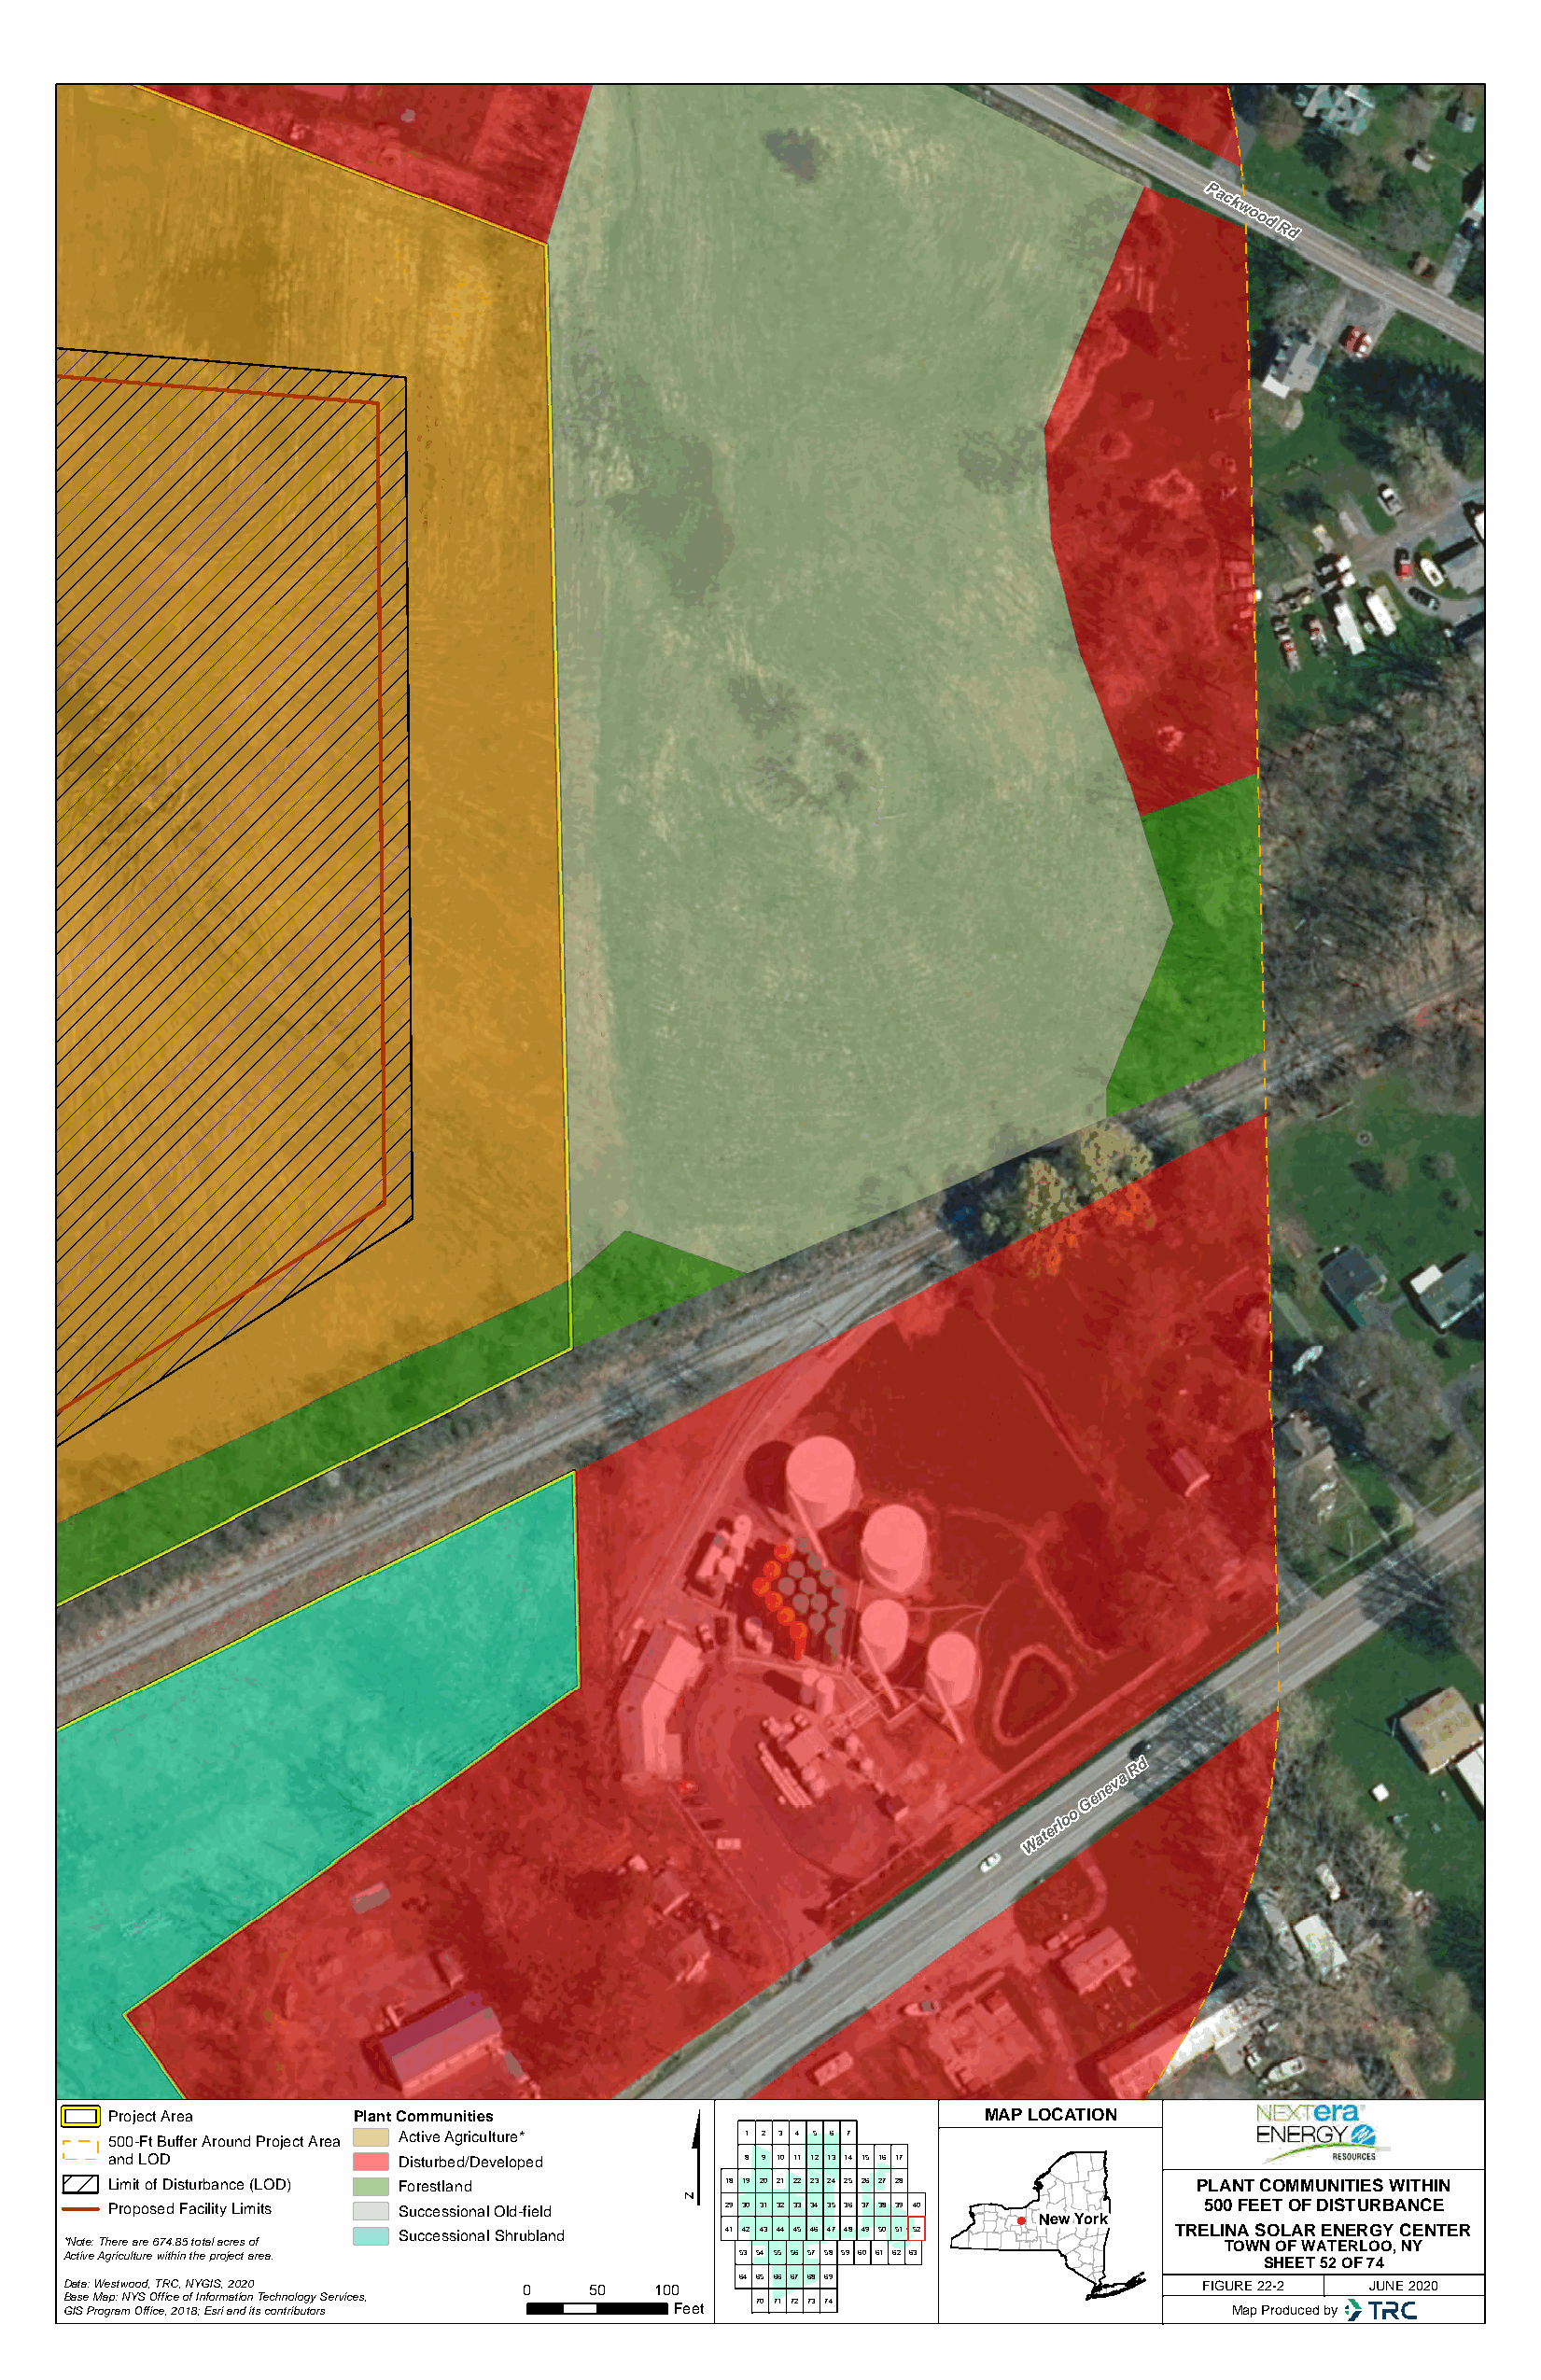
Packwood
 Rd
 R d
 G
 eneva
 W
 aterlo o
 $
 Project Area     Plant Communities                            MAP LOCATION
 500-Ft Buffer Around Project Area Active Agriculture* 1 2 3 4 5 6 7
 and LOD             Disturbed/Developed      8 9 10 11 12 13 14 15 16 17
 Limit of Disturbance (LOD) Forestland      18 19 20 21 22 23 24 25 26 27 28  PLANT COMMUNITIES WITHIN
 Proposed Facility Limits Successional Old-field 29 30 31 32 33 34 35 36 37 38 39 40 500 FEET OF DISTURBANCE
 New York
 Successional Shrubland 41 42 43 44 45 46 47 48 49 50 51 52 TRELINA SOLAR ENERGY CENTER
 *Note: There are 674.85 total acres of                                             TOWN OF WATERLOO, NY
 Active Agriculture within the project area.     53 54 55 56 57 58 59 60 61 62 63
 SHEET 52 OF 74
 64 65 66 67 68 69
 Data: Westwood, TRC, NYGIS, 2020 0    50  100                                    FIGURE 22-2 JUNE 2020
 Base Map: NYS Office of Information Technology Services, 70 71 72 73 74
 GIS Program Office, 2018; Esri and its contributors Feet                           Map Produced by